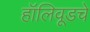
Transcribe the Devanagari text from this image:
हॉलिवूडचे